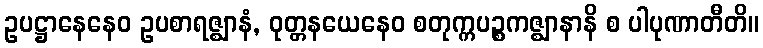
ဥပဋ္ဌာနေနေဝ ဥပစာရဇ္ဈာနံ, ဝုတ္တနယေနေဝ စတုက္ကပဉ္စကဇ္ဈာနာနိ စ ပါပုဏာတီတိ။